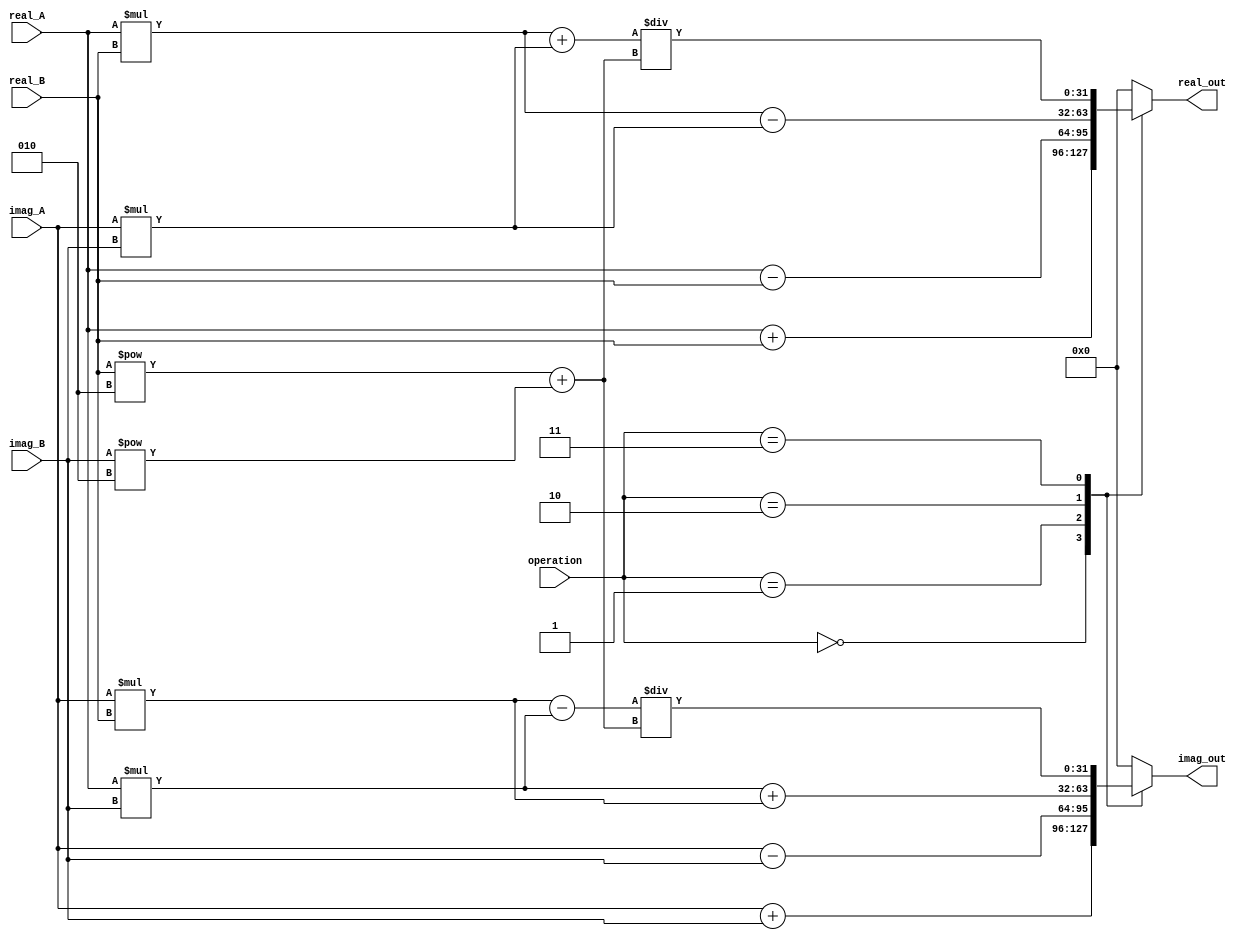
module Complex_ALU (
    input [31:0] real_A,
    input [31:0] imag_A,
    input [31:0] real_B,
    input [31:0] imag_B,
    input [2:0] operation,
    output reg [31:0] real_out,
    output reg [31:0] imag_out
);

reg [31:0] temp_real, temp_imag;

always @(*)
begin
    case(operation)
        3'b000: 
        begin
            real_out = real_A + real_B;
            imag_out = imag_A + imag_B;
        end
        3'b001: 
        begin
            real_out = real_A - real_B;
            imag_out = imag_A - imag_B;
        end
        3'b010: 
        begin
            real_out = (real_A * real_B) - (imag_A * imag_B);
            imag_out = (real_A * imag_B) + (imag_A * real_B);
        end
        3'b011: 
        begin
            real_out = ((real_A * real_B) + (imag_A * imag_B)) / ((real_B ** 2) + (imag_B ** 2));
            imag_out = ((imag_A * real_B) - (real_A * imag_B)) / ((real_B ** 2) + (imag_B ** 2));
        end
        default: 
        begin
            real_out = 0;
            imag_out = 0;
        end
    endcase
end

endmodule